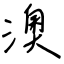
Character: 澳